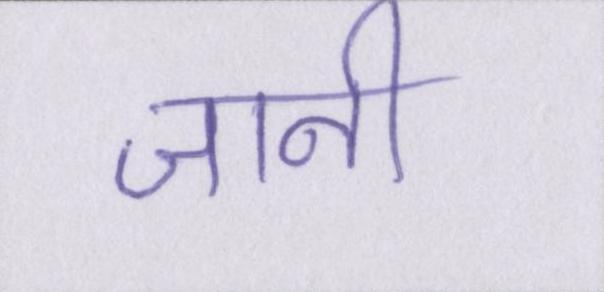
जानी